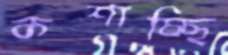
কশাচ্ছি